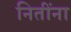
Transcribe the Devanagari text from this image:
नितींना